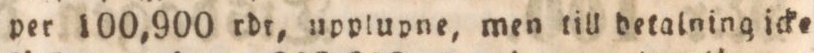
per 100,900 rdr, upplupne, men till detalning icke